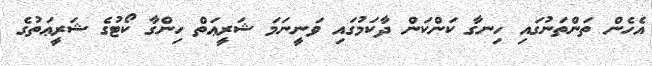
އެހެން ތަންތަނުގައި ހިނގާ ކަންކަން ދާކަމުގައި ވަނީނަމަ ޝަރީޢަތް ހިންގާ ކޯޓުގެ ޝަރީޢަތުގެ